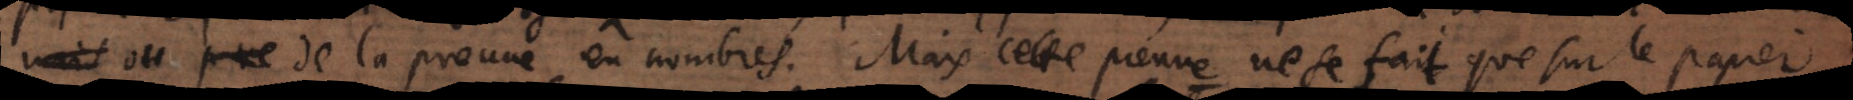
l ou de la preuve en nombres. Mais cette preuve ne se fait que sur le papier,